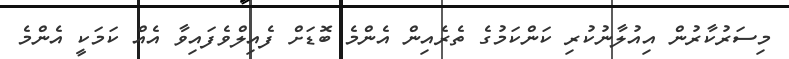
މިސަރުކާރުން އިއުލާނުކުރި ކަންކަމުގެ ތެރެއިން އެންމެ ބޮޑަށް ފެއިލްވެފައިވާ އެއް ކަމަކީ އެންމެ